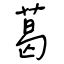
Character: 葛